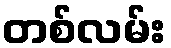
တစ်လမ်း